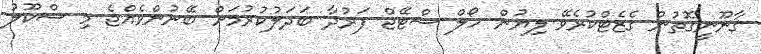
ޤާނޫނީގޮތުން ގެޒެޓްކުރެވޭ ލިޔުން ހޯލް ސްޓޭޖް ފަރުދާ ބަދަލުކުރުމަށް ބޭނުންވެއްޖެ މި ސްކޫލު